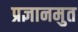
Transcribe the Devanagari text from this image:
प्रज्ञानमुत